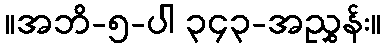
။အဘိ-၅-ပါ ၃၄၃-အညွှန်း။